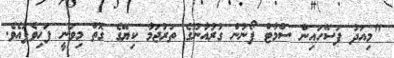
"މިއަދު ފަސޭހައިން ސްމާޓް ފޯނުން ގުރުއާނުގެ ތަރުޖަމާ ކިޔޭގެ ގޮތް މިވަނީ ފަހިވެފައެވެ.